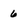
Character: 6